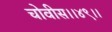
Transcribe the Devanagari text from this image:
चोवीस।।४९।।